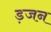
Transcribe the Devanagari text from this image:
ड़जन